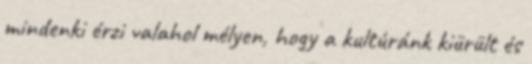
mindenki érzi valahol mélyen, hogy a kultúránk kiürült és